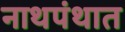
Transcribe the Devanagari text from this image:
नाथपंथात